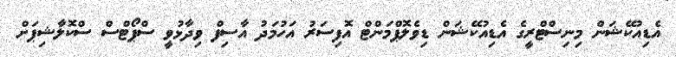
އެޑިއުކޭޝަން މިނިސްޓްރީގެ އެޑިއުކޭޝަން ޑިވެލޮޕްމަންޓް އޮފިސަރު އަހުމަދު އާސިފް ވިދާޅުވީ ސްޕޯޓްސް ސްކޮލާޝިޕަށް